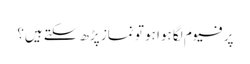
پرفیوم لگا ہوا ہو تو نماز پڑھ سکتے ہیں؟